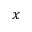
x